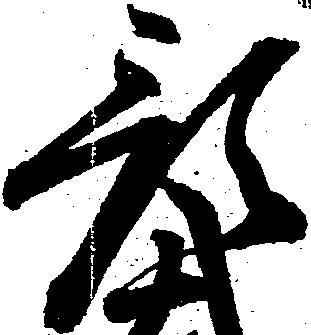
預